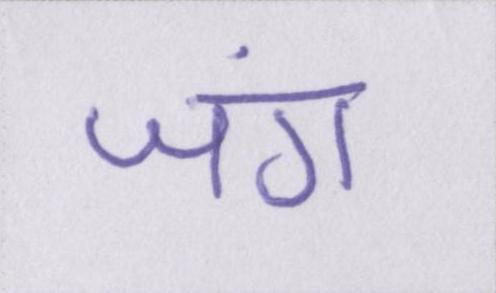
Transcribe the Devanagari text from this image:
जंग